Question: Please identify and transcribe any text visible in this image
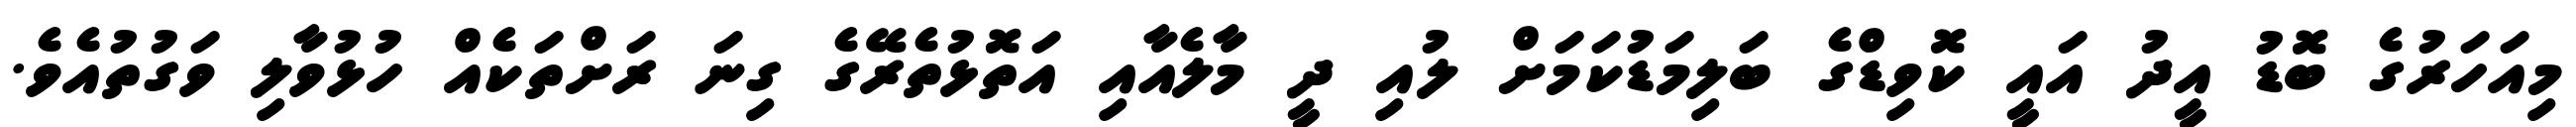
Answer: މިއަހަރުގެ ބޮޑު އީދު އައީ ކޮވިޑްގެ ބަލިމަޑުކަމަށް ލުއި ދީ މާލެއާއި އަތޮޅުތެރޭގެ ގިނަ ރަށްތަކެއް ހުޅުވާލި ވަގުތުއެވެ.